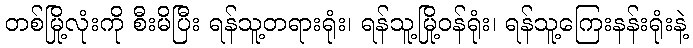
တစ်မြို့လုံးကို စီးမိပြီး ရန်သူ့တရားရုံး၊ ရန်သူ့မြို့ဝန်ရုံး၊ ရန်သူ့ကြေးနန်းရုံးနဲ့